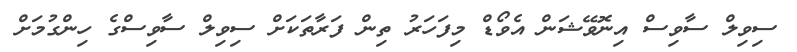
ސިވިލް ސާވިސް އިނޮވޭޝަން އެވޯޑް މިފަހަރު ތިން ފަރާތަކަށް ސިވިލް ސާވިސްގެ ހިންގުމަށް